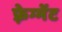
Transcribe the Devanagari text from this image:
फ़्रेग्मेंट